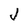
Character: J